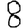
Digit: 8